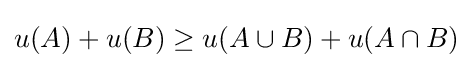
u(A)+u(B)\geq u(A\cup B)+u(A\cap B)